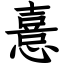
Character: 憙